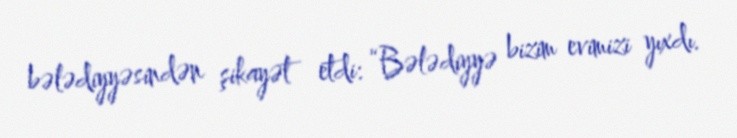
bələdiyyəsindən şikayət etdi: “Bələdiyyə bizim evimizi yıxdı.